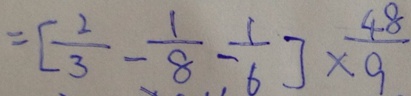
= [ \frac { 2 } { 3 } - \frac { 1 } { 8 } - \frac { 1 } { 6 } ] \times \frac { 4 8 } { 9 }